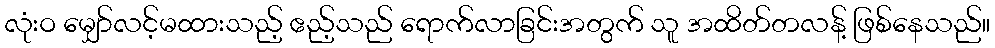
လုံးဝ မျှော်လင့်မထားသည့် ဧည့်သည် ရောက်လာခြင်းအတွက် သူ အထိတ်တလန့် ဖြစ်နေသည်။